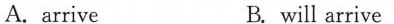
A. arrive B. will arrive